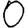
Digit: 0